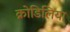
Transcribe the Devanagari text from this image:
क्रोडिलिया